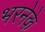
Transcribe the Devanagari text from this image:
भरनेके